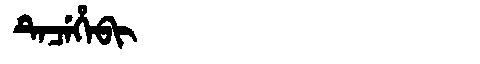
Manchu: ᡨᡝᠴᡝᡥᡝᠪᡳ
Romanization: TECEHEBI